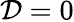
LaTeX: \mathcal{D}=0